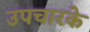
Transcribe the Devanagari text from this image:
उपचारके